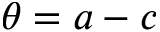
\theta = a - c